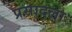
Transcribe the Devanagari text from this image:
प्रसादला